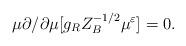
LaTeX: \begin{align*}\mu\partial/\partial \mu[g_{R}Z_{B}^{-1/2}\mu^{\varepsilon}]=0.\end{align*}